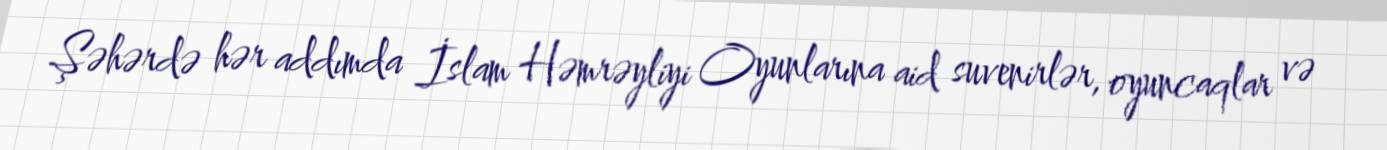
Şəhərdə hər addımda İslam Həmrəyliyi Oyunlarına aid suvenirlər, oyuncaqlar və